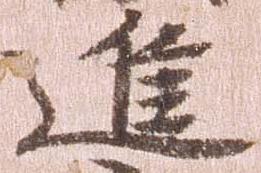
進